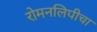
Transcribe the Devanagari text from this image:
रोमनलिपीचा